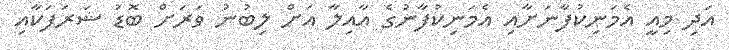
އަދި މިއީ އެމަނިކުފާނަށާއި އެމަނިކުފާނުގެ އާއިލާ އަށް ލިބުނު ވަރަށް ބޮޑު ޝަރަފަކާއި